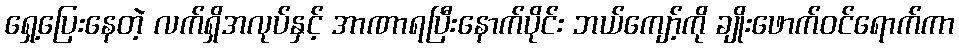
ရှေ့ပြေးနေတဲ့ လက်ရှိအလုပ်နှင့် အာဏာရပြီးနောက်ပိုင်း ဘယ်ကျော့်ကို ချိုးဖောက်ဝင်ရောက်ကာ